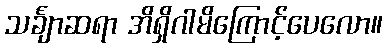
သင်္ချာဆရာ အိရှိဂါမိကြောင့်ပေလော။